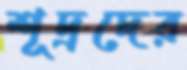
শূদ্রদের